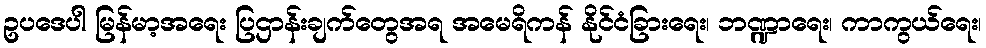
ဥပဒေပါ မြန်မာ့အရေး ပြဌာန်းချက်တွေအရ အမေရိကန် နိုင်ငံခြားရေး၊ ဘဏ္ဍာရေး၊ ကာကွယ်ရေး၊